Regulations for the medical services of the Army of India
Year: 1930
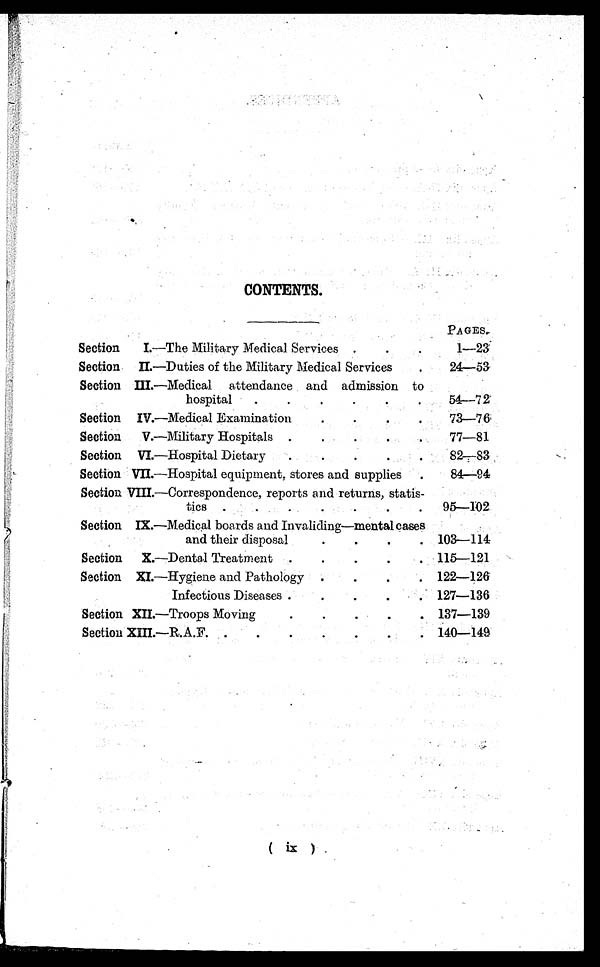
CONTENTS.
P A G E S .
Section
I—The Military Medical Services.
1 — 2 3
Section II—Duties of the Military Medical Services
2 4 – 5 3
S e c t i o n III.—Medical attendance and admission to
hospital
54—72
Section IV.—Medical Examination
7 3 — 7 6
Section
V.—Military Hospitals.
77—81
Section VI.—Hospital Dietary.
8 2 — 8 3
Section VII.—Hospital equipment, stores and supplies.
84—94
Section VIII.—Correspondence, reports and returns, statis-
tics.
95—102
Section IX.—Medical boards and Invaliding—mental cases
and their disposal
103—114
Section
X.—Dental Treatment.
115—121
Section XI—Hygiene and Pathology.
1 2 2 — 1 2 6
Infectious Diseases.
127—136
Section XII.-Troops Moving
.
137—139
Section
X I I I . — R . A . F
140—149
( ix )